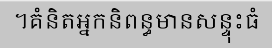
។គំនិតអ្នកនិពន្ធមានសន្ទុះធំ